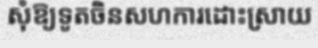
សុំឱ្យទូតចិនសហការដោះស្រាយ